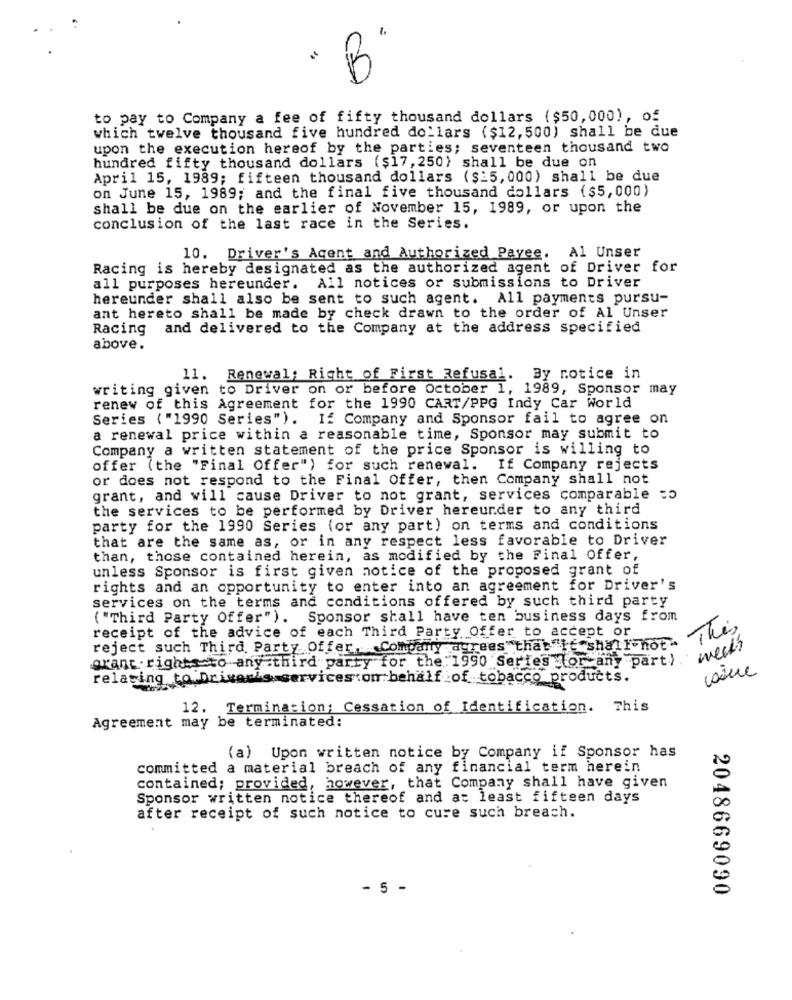
. B
to pay to Company a fee of fifty thousand dollars ($50,000), of
which twelve thousand five hundred dollars ($12, 500) shall be due
upon the execution hereof by the parties; seventeen thousand two
hundred fifty thousand dollars ($17, 250) shall be due on
April 15, 1989; fifteen thousand dollars ($15, 000) shall be due
on June 15, 1989; and the final five thousand dollars ($5,000)
shall be due on the earlier of November 15, 1989, or upon the
conclusion of the last race in the Series.
10. Driver's Agent and Authorized Payee. Al Unser
Racing is hereby designated as the authorized agent of Driver for
all purposes hereunder. All notices or submissions to Driver
hereunder shall also be sent to such agent. All payments pursu-
ant hereto shall be made by check drawn to the order of Al Unser
Racing and delivered to the Company at the address specified
above.
11. Renewal; Right of First Refusal. By notice in
writing given to Driver on or before October 1, 1989, Sponsor may
renew of this Agreement for the 1990 CART/PPG Indy Car World
Series ("1990 Series"). If Company and Sponsor fail to agree on
a renewal price within a reasonable time, Sponsor may submit to
Company a written statement of the price Sponsor is willing to
offer (the "Final Offer") for such renewal. If Company rejects
or does not respond to the Final Offer, then Company shall not
grant, and will cause Driver to not grant, services comparable to
the services to be performed by Driver hereunder to any third
party for the 1990 Series (or any part) on terms and conditions
that are the same as, or in any respect less favorable to Driver
than, those contained herein, as modified by the Final Offer,
unless Sponsor is first given notice of the proposed grant of
rights and an opportunity to enter into an agreement for Driver's
services on the terms and conditions offered by such third party
( "Third Party Offer" ). Sponsor shall have ten business days from
receipt of the advice of each Third Party Offer to accept or
This
reject such Third Party Offer Company agrees that"It shall not"
weeks
grant .rights to any third party for the 1990 Series (or any part) .
relating to Driver's services:on behalf of tobacco products.
12. Termination; Cessation of Identification. This
Agreement may be terminated:
(a) Upon written notice by Company if Sponsor has
committed a material breach of any financial term herein
contained; provided, however, that Company shall have given
Sponsor written notice thereof and at least fifteen days
after receipt of such notice to cure such breach.
- 5 -
2048669090